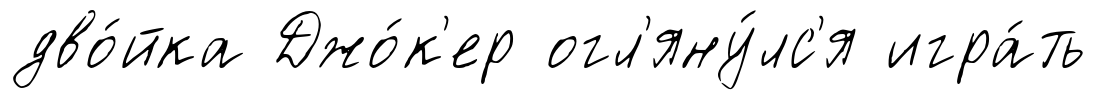
дво́йка Джо́к'ер огл'яну́лс'я игра́ть